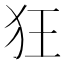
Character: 狂